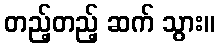
တည့်တည့် ဆက် သွား။